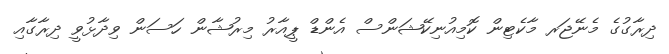
ދިރާގުގެ މެނޭޖަރ މާކެޓިން ކޮމިއުނިކޭޝަންސް އެންޑް ޕީއާރު މިރުޝާން ހަސަން ވިދާޅުވީ ދިރާގާއި